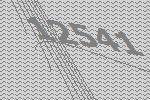
12541